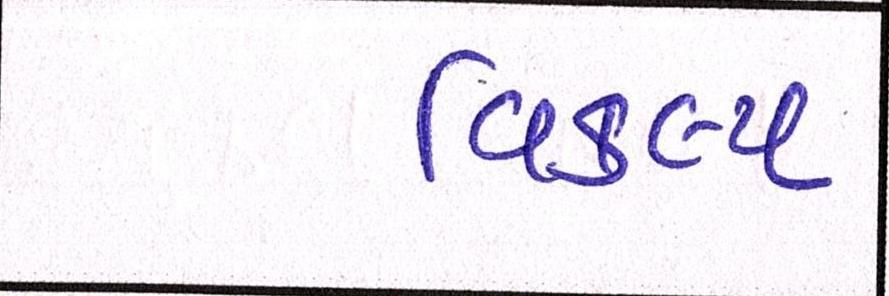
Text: વિકલ્પ